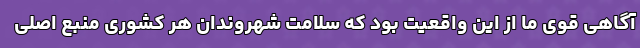
آگاهی قوی ما از این واقعیت بود که سلامت شهروندان هر کشوری منبع اصلی